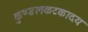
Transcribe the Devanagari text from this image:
कुण्डलकटकादयः